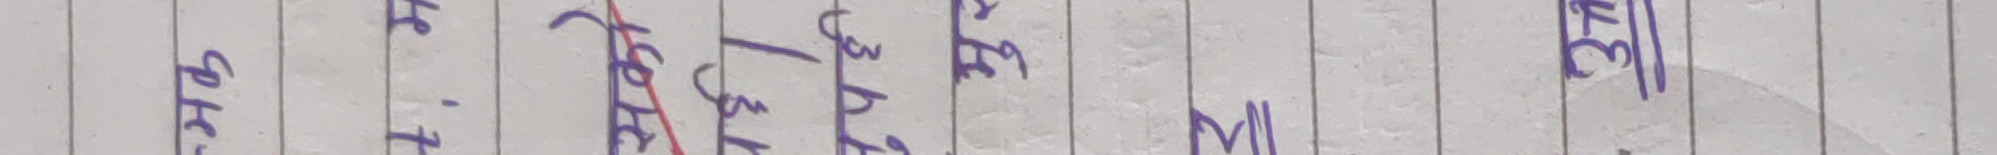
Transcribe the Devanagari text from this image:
प्रसोधन